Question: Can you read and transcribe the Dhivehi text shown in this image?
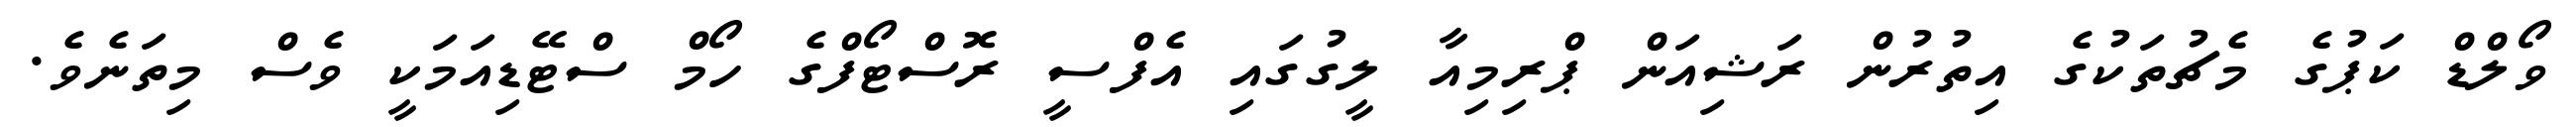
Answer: ވޯލްޑް ކަޕުގެ މެޗުތަކުގެ އިތުރުން ރަޝިއަން ޕްރިމިއާ ލީގުގައި އެފްސީ ރޮސްޓޯފްގެ ހޯމް ސްޓޭޑިއަމަކީ ވެސް މިތަނެވެ.